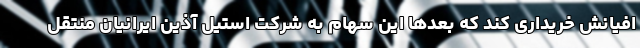
افیانش خریداری کند که بعدها این سهام به شرکت استیل آذین ايرانيان منتقل